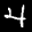
Label: 4